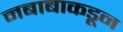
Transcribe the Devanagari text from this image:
नबाबाकडून